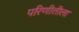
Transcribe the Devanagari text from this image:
परिणीतीला